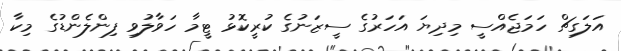
އަލަގިޗް ހަމަޖެއްސީ މިދިޔަ އަހަރުގެ ސީޒަނުގެ ކުރީކޮޅު ޓީމާ ހަވާލުވި ފިންލެންޑުގެ މިކާ